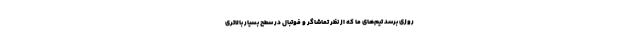
روزی برسد تیم‌های ما که از نظر تماشاگر و فوتبال در سطح بسیار بالاتری